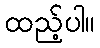
ထည့်ပါ။